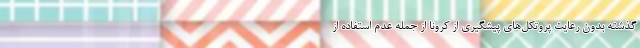
گذشته بدون رعایت پروتکل‌های پیشگیری از کرونا از جمله عدم استفاده از